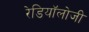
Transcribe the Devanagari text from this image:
रेडियॉलोजी